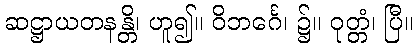
ဆဋ္ဌာယတနန္တိ၊ ဟူ၍။ ဝိဘင်္ဂေ၊ ၌။ ဝုတ္တံ၊ ပြီ။